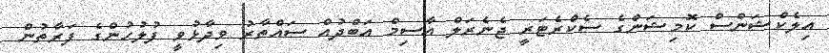
އިލެކްޝަންސް ކޮމިޝަންގެ ސެކްރެޓަރީ ޖެނެރަލް އާސިމް އަބްދުއް ސައްތާރު ވިދާޅުވީ ފުލުހުންގެ ފަރާތުން